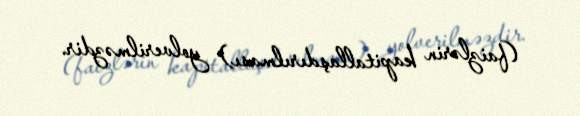
(faizlərin kapitallaşdırılması) yolverilməzdir.